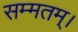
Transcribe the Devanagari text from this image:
सम्मतम्।